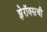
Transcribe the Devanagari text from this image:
झेरॉक्सची